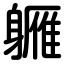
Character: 軅